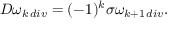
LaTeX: D \omega _ { k \, d i v } = ( - 1 ) ^ { k } \sigma \omega _ { k + 1 \, d i v } .